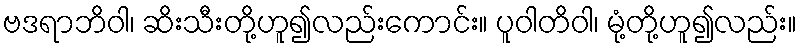
ဗဒရာဘိဝါ၊ ဆိးသီးတို့ဟူ၍လည်းကောင်း။ ပူဝါတိဝါ၊ မုံ့တို့ဟူ၍လည်း။